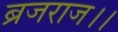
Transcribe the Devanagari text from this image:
ब्रजराज।।